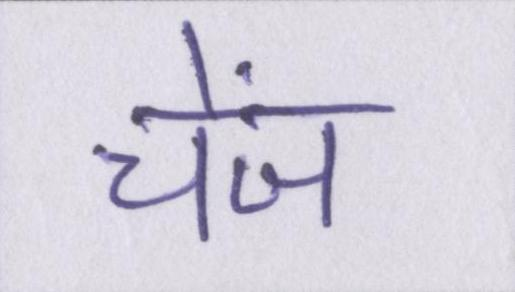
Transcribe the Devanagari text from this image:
चेंज